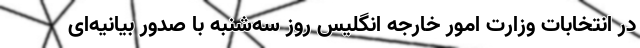
در انتخابات وزارت امور خارجه انگلیس روز سه‌شنبه با صدور بیانیه‌ای